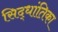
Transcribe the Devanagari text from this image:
सिद्धांतिका